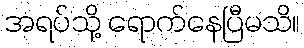
အရပ်သို့ ရောက်နေပြီမသိ။